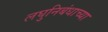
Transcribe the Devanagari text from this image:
लघुनिबंधाच्या